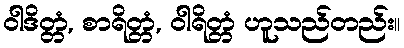
ဝါဒိတ္တံ, စာရိတ္တံ, ဝါရိတ္တံ ဟူသည်တည်း။